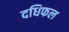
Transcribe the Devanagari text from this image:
दधिफल